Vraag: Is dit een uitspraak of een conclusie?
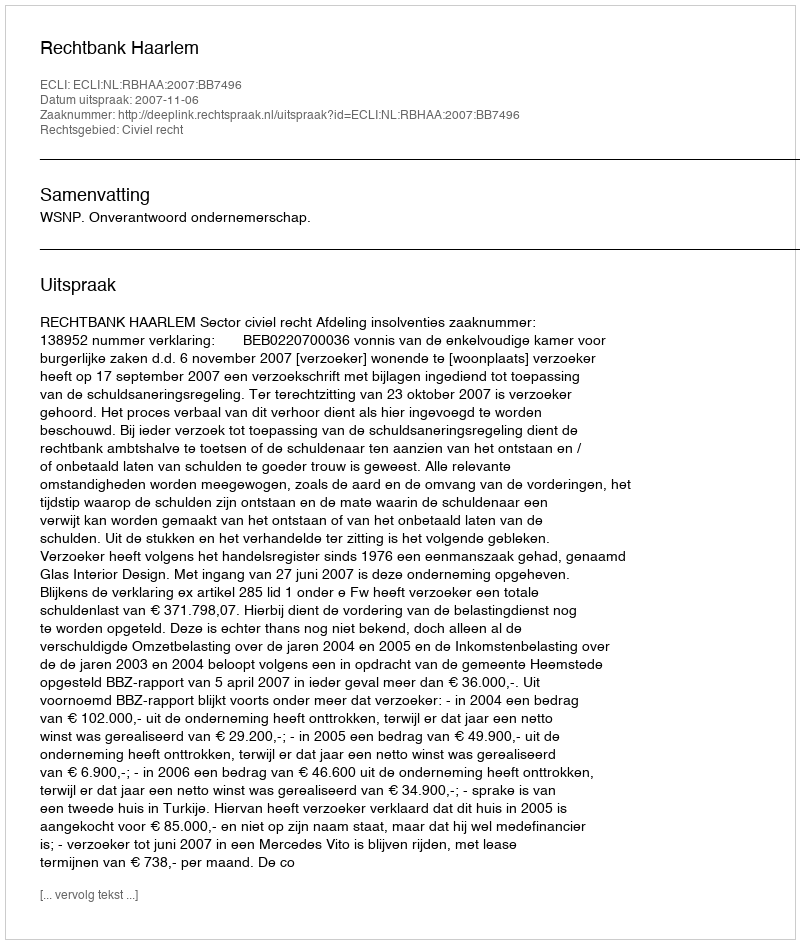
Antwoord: Uitspraak